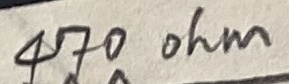
Text: 470ohm